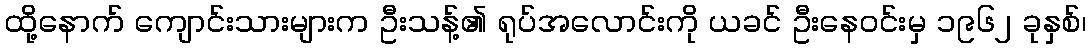
ထို့နောက် ကျောင်းသားများက ဦးသန့်၏ ရုပ်အလောင်းကို ယခင် ဦးနေဝင်းမှ ၁၉၆၂ ခုနှစ်၊